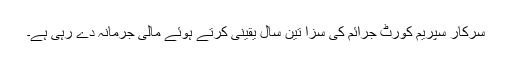
سرکار سپریم کورٹ جرائم کی سزا تین سال یقینی کرتے ہوئے مالی جرمانہ دے رہی ہے۔